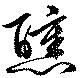
醺